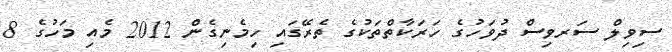
ސިވިލް ސަރވިސް ދުވަހުގެ ހަރަކާތްތަކުގެ ތެރޭގައި ހިމެނިގެން 2012 މެއި މަހުގެ 8